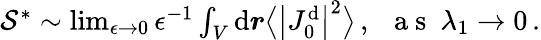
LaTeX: \begin{array}{r}{\mathcal{S}^{*}\sim\operatorname*{lim}_{\epsilon\rightarrow 0}\epsilon^{-1}\int_{V}\mathrm{d}\boldsymbol{r}\big\langle\big\vert J_{0}^{\mathrm{d}}\big\vert^{2}\big\rangle\, ,~~\mathrm{~a~s~}~\lambda_{1}\rightarrow 0\, .}\end{array}